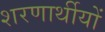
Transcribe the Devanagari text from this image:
शरणार्थीयों